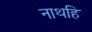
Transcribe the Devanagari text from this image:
नाथहि